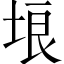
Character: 埌